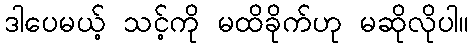
ဒါပေမယ့် သင့်ကို မထိခိုက်ဟု မဆိုလိုပါ။